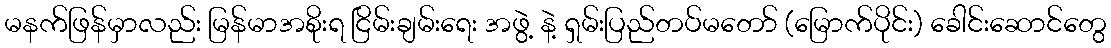
မနက်ဖြန်မှာလည်း မြန်မာအစိုးရ ငြိမ်းချမ်းရေး အဖွဲ့ နဲ့ ရှမ်းပြည်တပ်မတော် (မြောက်ပိုင်း) ခေါင်းဆောင်တွေ